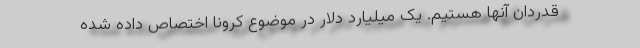
قدردان آنها هستیم. یک میلیارد دلار در موضوع کرونا اختصاص داده شده